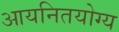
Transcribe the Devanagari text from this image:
आयनितयोग्य